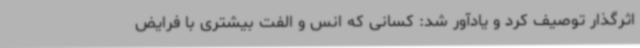
اثرگذار توصیف کرد و یادآور شد: کسانی که انس و الفت بیشتری با فرایض